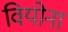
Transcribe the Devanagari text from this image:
वियोना